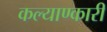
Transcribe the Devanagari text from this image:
कल्याण्कारी